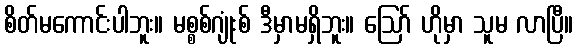
စိတ်မကောင်းပါဘူး။ မစ္စစ်ဂျုံးစ် ဒီမှာမရှိဘူး။ ဪ ဟိုမှာ သူမ လာပြီ။